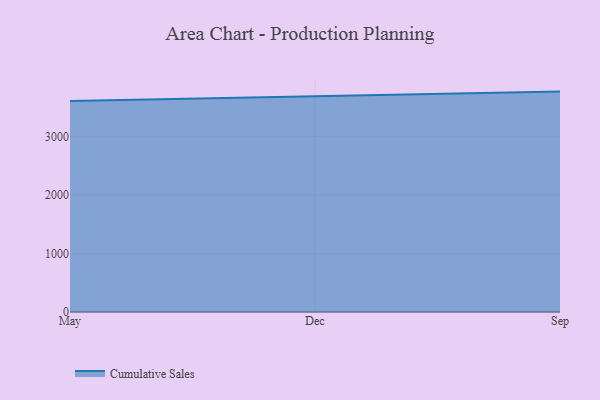
{"axis": {"x": "Month", "y": "Temperature (°C)"}, "legend": ["Cumulative Sales"], "data": [{"x": "May", "y": 3604.8, "type": "Cumulative Sales"}, {"x": "Dec", "y": 3691.9, "type": "Cumulative Sales"}, {"x": "Sep", "y": 3766.0, "type": "Cumulative Sales"}]}